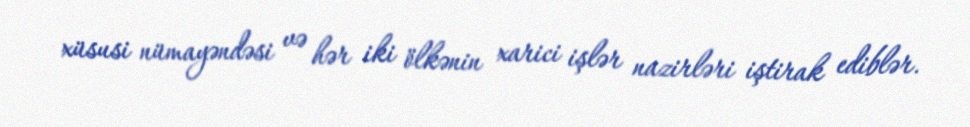
xüsusi nümayəndəsi və hər iki ölkənin xarici işlər nazirləri iştirak ediblər.